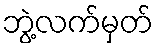
ဘွဲ့လက်မှတ်